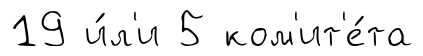
19 и́л'и 5 ком'ит'е́та